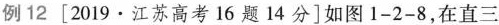
例12 [2019·江苏高考16题14分]如图1-2-8，在直三